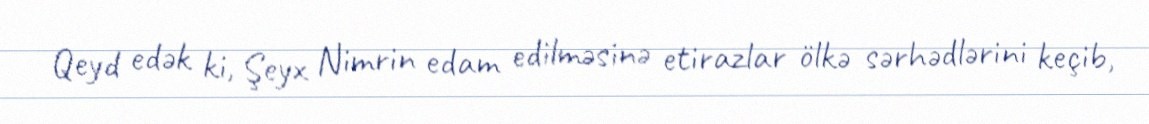
Qeyd edək ki, Şeyx Nimrin edam edilməsinə etirazlar ölkə sərhədlərini keçib,